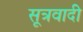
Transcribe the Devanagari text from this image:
सूत्रवादी